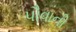
પૌવાની